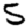
Digit: 5